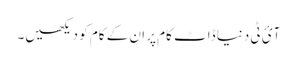
آئ ٹی دنیا ڈاٹ کام پر ان کے کام کو دیکھیں۔